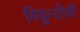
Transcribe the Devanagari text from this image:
गियुन्टोली